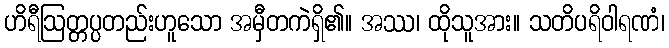
ဟိရီဩတ္တပ္ပတည်းဟူသော အမှီတကဲရှိ၏။ အဿ၊ ထိုသူအား။ သတိပရိဝါရဏံ၊